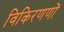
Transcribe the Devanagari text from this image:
विकिरणणों